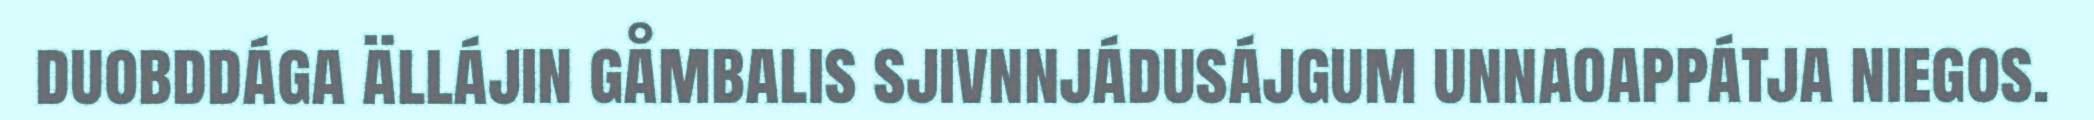
duobddága ällájin gåmbalis sjivnnjádusájgum unnaoappátja niegos.